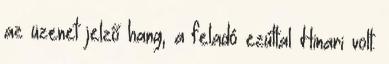
az üzenet jelző hang, a feladó ezúttal Hinari volt.